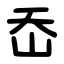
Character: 岙